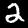
Label: 2